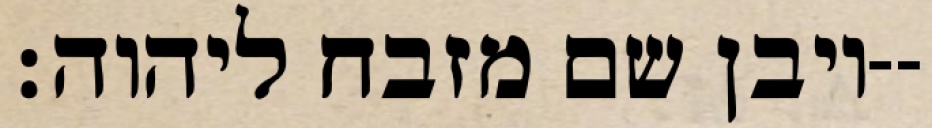
ויבן שם מזבח ליהוה׃--